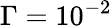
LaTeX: \Gamma=10^{-2}